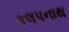
કલપનાથ